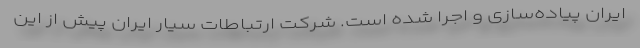
ایران پیاده‌سازی و اجرا شده است. شرکت ارتباطات سیار ایران پیش از این